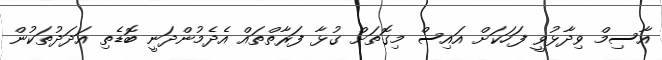
އާސިމް ވިދާޅުވީ ފަހަކަށް އައިސް މިގޮތަށް ގުޅާ ފަރާތްތައް އެދެމުންދަނީ ބޮޑެތި އަދަދުތަކުން